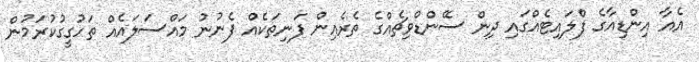
އެއާ އިންޑިއާގެ ފްލައިޓެއްގައި ދިން ސޭންޑްވިޗެއްގެ ތެރެއިން ފަނިތަކެއް ފެނުނު މައްސަލައެއް ތަހުގީގުކުރަމުން